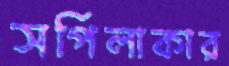
সর্পিলাকার